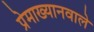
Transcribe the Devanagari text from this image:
प्रेमाख्यानवाले